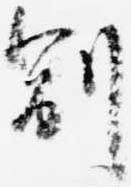
副